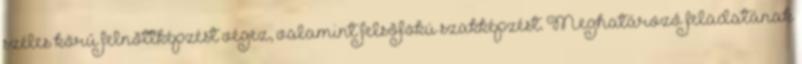
széles körû felnõttképzést végez, valamint felsõfokú szakképzést. Meghatározó feladatának